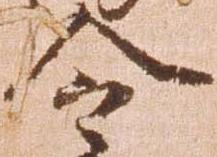
令